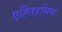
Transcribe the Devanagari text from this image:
एह्तिहसिक